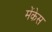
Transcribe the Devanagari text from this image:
मेंकेस